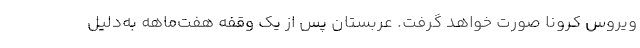
ویروس کرونا صورت خواهد گرفت. عربستان پس از یک وقفه هفت‌ماهه به‌دلیل